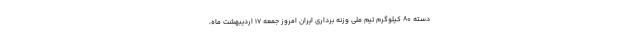
دسته ۸۰ کیلوگرم تیم ملی وزنه برداری ایران امروز جمعه ۱۷ اردیبهشت ماه،